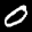
Label: 0